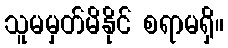
သူမမှတ်မိနိုင် စရာမရှိ။